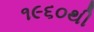
૧૯૬૦થી